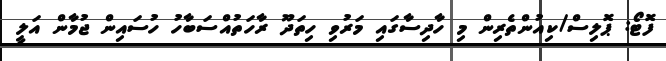
ފޮޓޯ: ޕޮލިސް/ކިއުންތެރިން މި ހާދިސާގައި މަރުވި ހިތަދޫ ރާހަތުއްސަބާހު ހުސައިން ޖުމާން އަލީ